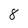
Character: 8